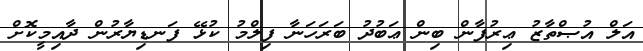
އަލް އުޞްތާޒު ޢިރުފާން ބިން ޢަބުދު ބަރަހަނާ ފިލްމު ކުޅޭ ފަނޑިޔާރުން ދާއިމީކޮށް